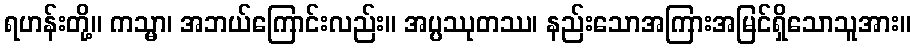
ရဟန်းတို့။ ကသ္မာ၊ အဘယ်ကြောင်းလည်း။ အပ္ပဿုတဿ၊ နည်းသောအကြားအမြင်ရှိသောသူအား။